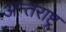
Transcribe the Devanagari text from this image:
अन्तराष्ट्र